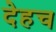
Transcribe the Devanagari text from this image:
देहच